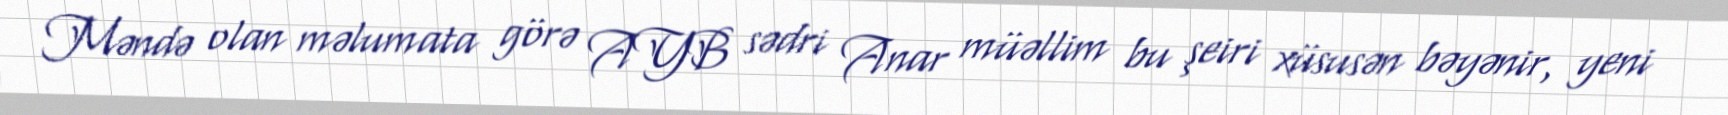
Məndə olan məlumata görə AYB sədri Anar müəllim bu şeiri xüsusən bəyənir, yeni